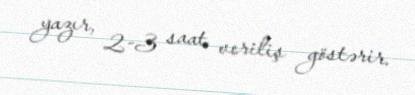
yazır, 2-3 saat veriliş göstərir.